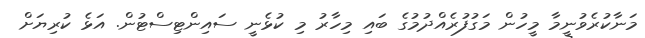
މަނާކުރެވުނީމާ މީހުން މަގުފުރެއްދުމުގެ ބައި މިހާރު މި ކުޅެނީ ސައިންޓިސްޓުން. އަޅެ ކުރިޔަށް